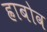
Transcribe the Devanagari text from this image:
ह्राबोव